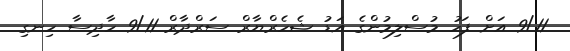
9/11 އަށް ފަހު މުސްލިމުންގެ އަޑު ޝެހެރްޔާރް ސަރްދާރް 9/11 ހާދިސާ ހިނގި